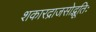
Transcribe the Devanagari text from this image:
शकारद्राजसोद्भूतिः